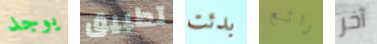
يوجد تطبيق بدئت رائع آخر